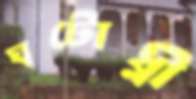
ঘটোধ্নী